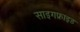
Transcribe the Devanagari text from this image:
साइगफ्राइड